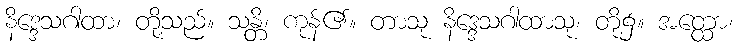
နိဒ္ဒေသဂါထာ၊ တို့သည်။ သန္တိ၊ ကုန်၏။ တာသု နိဒ္ဒေသဂါထာသု၊ တို့၌။ အတ္ထော၊